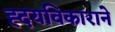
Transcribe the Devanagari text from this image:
ह्दयविकाराने